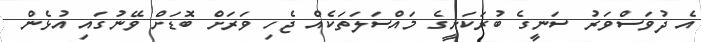
އެ ދުވަސްވަރު ސަނީގެ ބުރަކަށީގެ މައްސަލަތަކެއް ޖެހި ވަރަށް ބޮޑަށް ވޭނުގައި އުޅެން